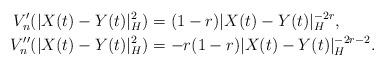
LaTeX: \begin{align*}V_n'(|X(t)-Y(t)|_H^2)&=(1-r)|X(t)-Y(t)|_H^{-2r}, \\V_n''(|X(t)-Y(t)|_H^2)&=-r(1-r)|X(t)-Y(t)|_H^{-2r-2}.\end{align*}